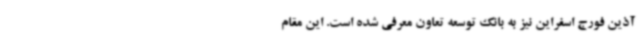
آذین فورج اسفراین نیز به بانک توسعه تعاون معرفی شده است. این مقام